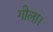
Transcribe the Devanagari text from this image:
गोला।